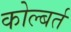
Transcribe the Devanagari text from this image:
कोल्बर्त